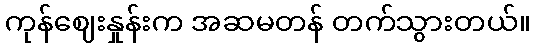
ကုန်ဈေးနှုန်းက အဆမတန် တက်သွားတယ်။